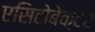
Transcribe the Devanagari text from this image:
एसिटोबेक्टर